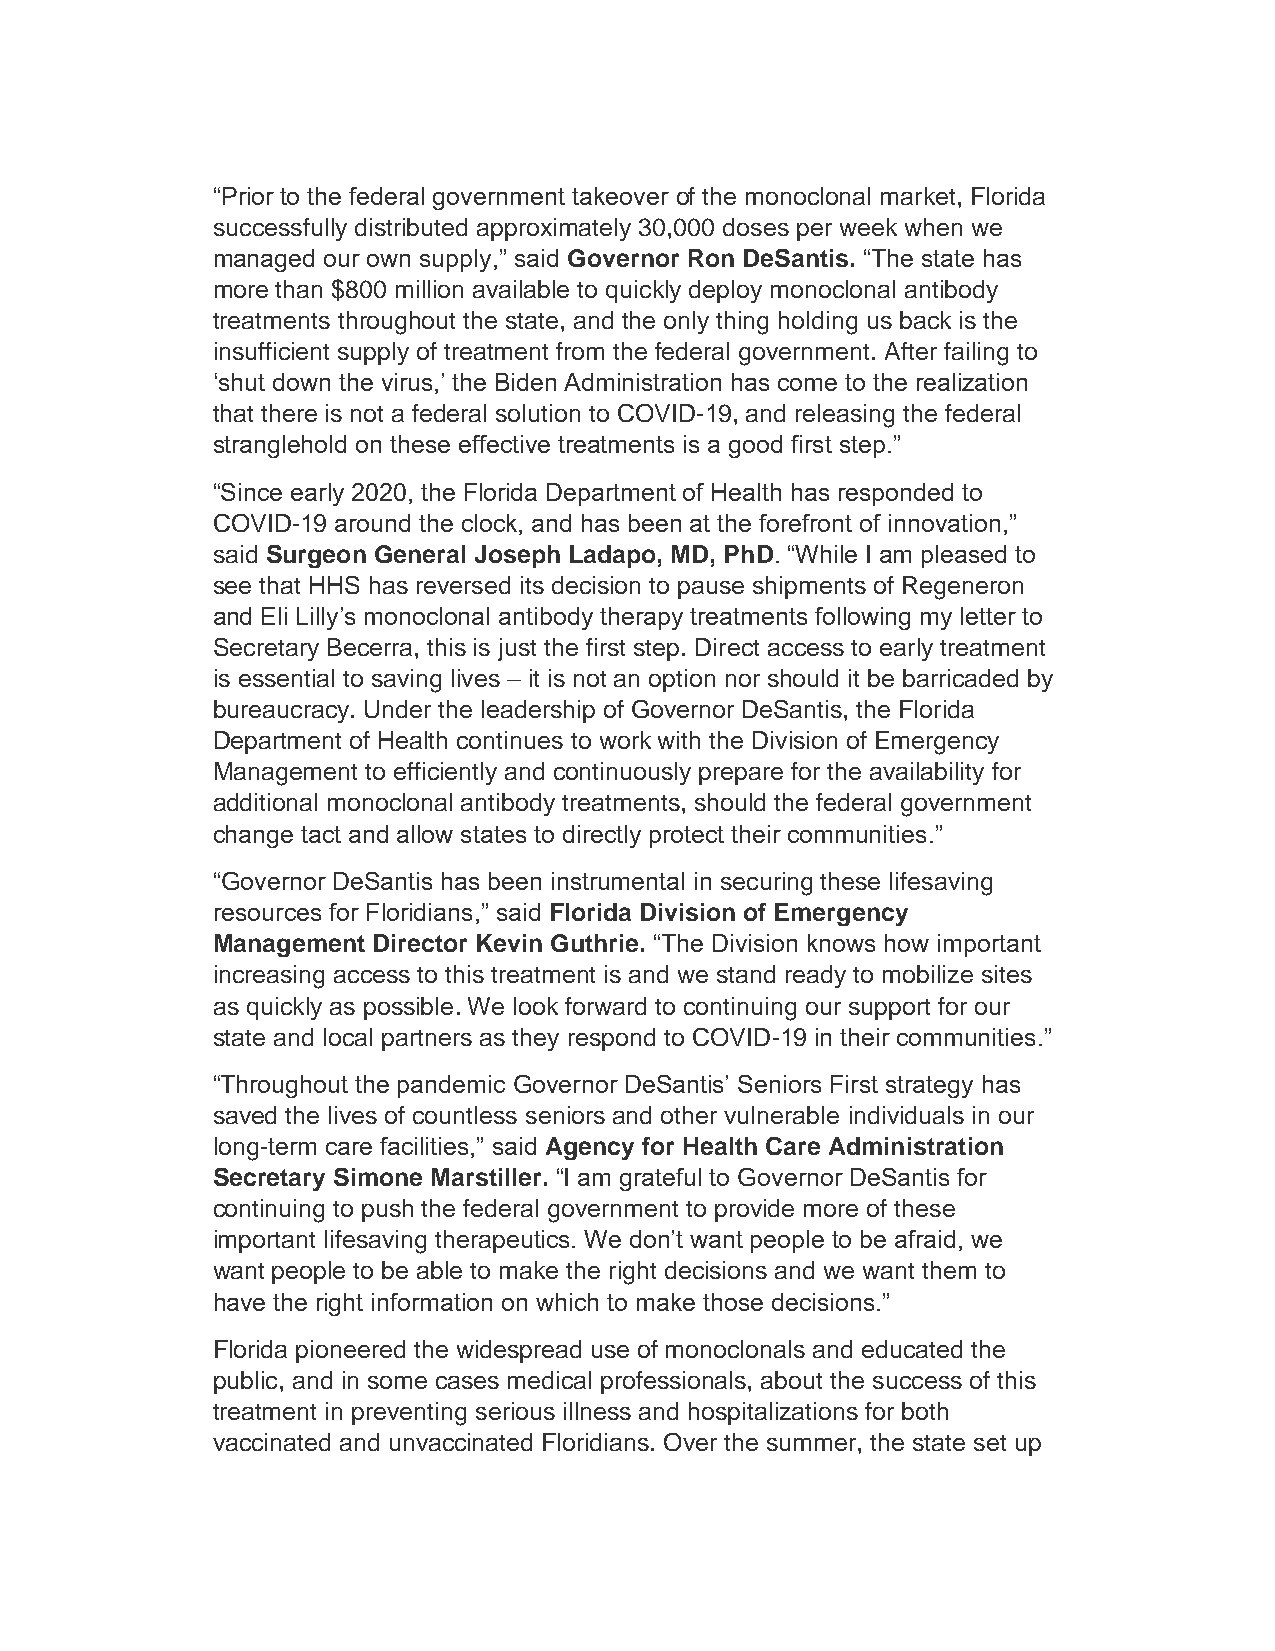
“Prior to the federal government takeover of the monoclonal market, Florida
 successfully distributed approximately 30,000 doses per week when we
 managed our own supply,” said Governor Ron DeSantis. “The state has
 more than $800 million available to quickly deploy monoclonal antibody
 treatments throughout the state, and the only thing holding us back is the
 insufficient supply of treatment from the federal government. After failing to
 ‘shut down the virus,’ the Biden Administration has come to the realization
 that there is not a federal solution to COVID-19, and releasing the federal
 stranglehold on these effective treatments is a good first step.”
 “Since early 2020, the Florida Department of Health has responded to
 COVID-19 around the clock, and has been at the forefront of innovation,”
 said Surgeon General Joseph Ladapo, MD, PhD. “While I am pleased to
 see that HHS has reversed its decision to pause shipments of Regeneron
 and Eli Lilly’s monoclonal antibody therapy treatments following my letter to
 Secretary Becerra, this is just the first step. Direct access to early treatment
 is essential to saving lives – it is not an option nor should it be barricaded by
 bureaucracy. Under the leadership of Governor DeSantis, the Florida
 Department of Health continues to work with the Division of Emergency
 Management to efficiently and continuously prepare for the availability for
 additional monoclonal antibody treatments, should the federal government
 change tact and allow states to directly protect their communities.”
 “Governor DeSantis has been instrumental in securing these lifesaving
 resources for Floridians,” said Florida Division of Emergency
 Management Director Kevin Guthrie. “The Division knows how important
 increasing access to this treatment is and we stand ready to mobilize sites
 as quickly as possible. We look forward to continuing our support for our
 state and local partners as they respond to COVID-19 in their communities.”
 “Throughout the pandemic Governor DeSantis’ Seniors First strategy has
 saved the lives of countless seniors and other vulnerable individuals in our
 long-term care facilities,” said Agency for Health Care Administration
 Secretary Simone Marstiller. “I am grateful to Governor DeSantis for
 continuing to push the federal government to provide more of these
 important lifesaving therapeutics. We don’t want people to be afraid, we
 want people to be able to make the right decisions and we want them to
 have the right information on which to make those decisions.”
 Florida pioneered the widespread use of monoclonals and educated the
 public, and in some cases medical professionals, about the success of this
 treatment in preventing serious illness and hospitalizations for both
 vaccinated and unvaccinated Floridians. Over the summer, the state set up